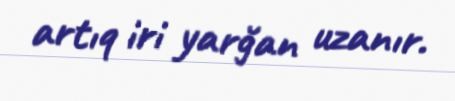
artıq iri yarğan uzanır.